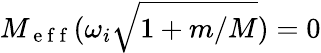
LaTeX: M_{\mathrm{~e~f~f~}}(\omega_{i}\sqrt{1+m/M})=0